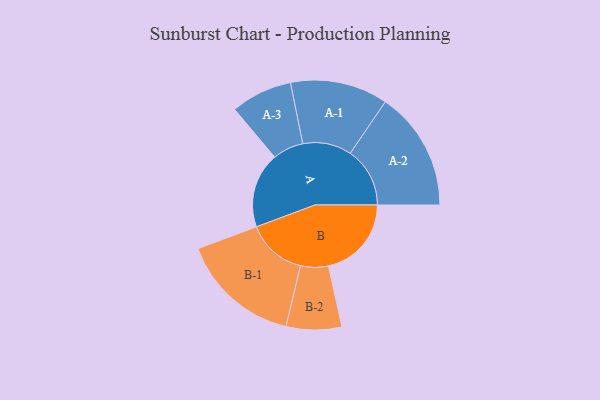
{"axis": {"x": "Segment", "y": "Value"}, "legend": ["", "A", "B"], "data": [{"x": "A", "y": 375, "type": ""}, {"x": "B", "y": 413, "type": ""}, {"x": "A-1", "y": 243, "type": "A"}, {"x": "A-2", "y": 297, "type": "A"}, {"x": "A-3", "y": 153, "type": "A"}, {"x": "B-1", "y": 299, "type": "B"}, {"x": "B-2", "y": 138, "type": "B"}]}